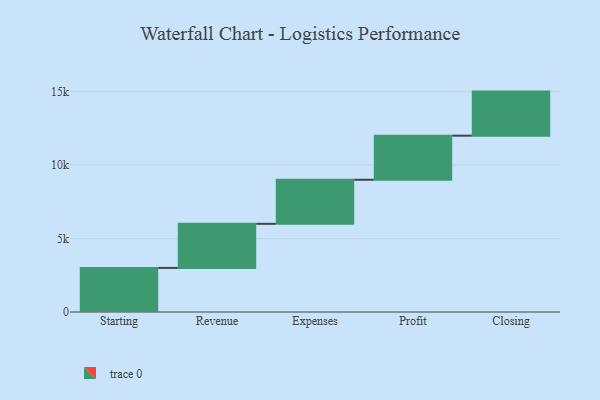
{"axis": {"x": "Step", "y": "Value"}, "legend": [""], "data": [{"x": "Starting", "y": 3000, "type": ""}, {"x": "Revenue", "y": 3000, "type": ""}, {"x": "Expenses", "y": 3000, "type": ""}, {"x": "Profit", "y": 3000, "type": ""}, {"x": "Closing", "y": 3000, "type": ""}]}